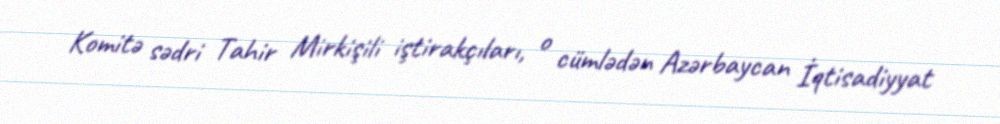
Komitə sədri Tahir Mirkişili iştirakçıları, o cümlədən Azərbaycan İqtisadiyyat